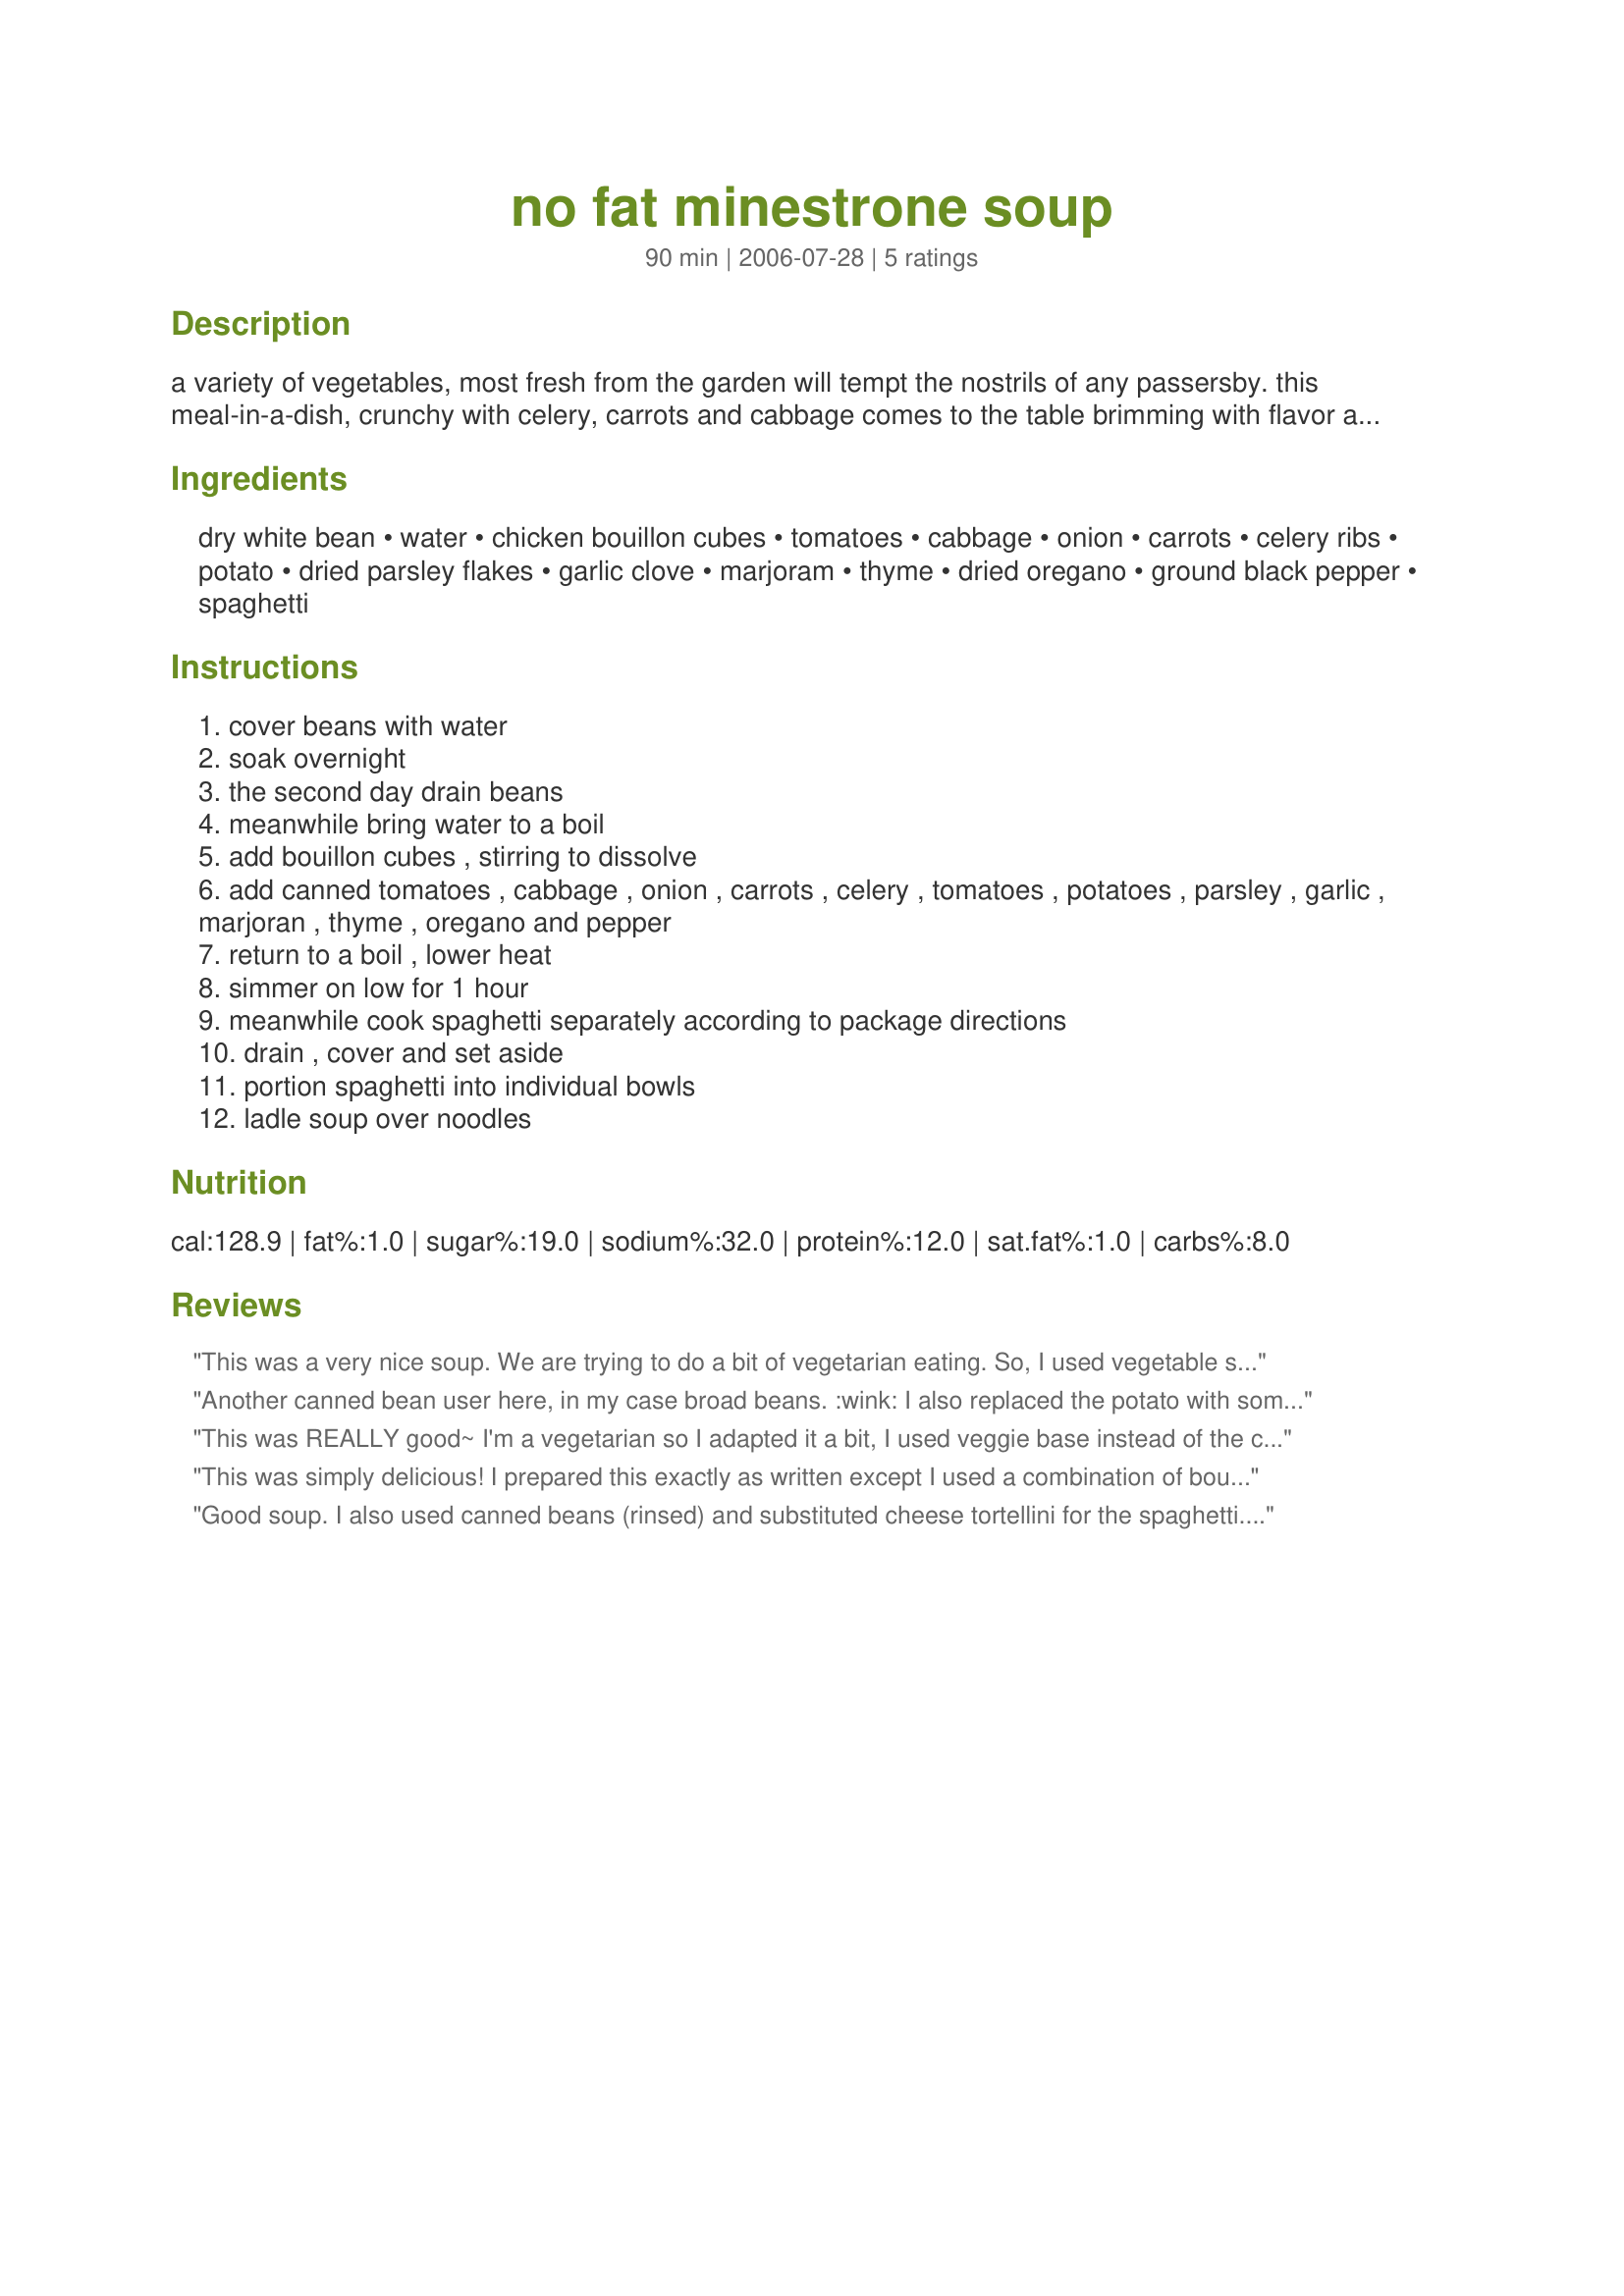
no fat minestrone soup
Preparation time: 90 minutes

a variety of vegetables, most fresh from the garden will tempt the nostrils of any passersby. this meal-in-a-dish, crunchy with celery, carrots and cabbage comes to the table brimming with flavor and is served over spaghetti. soaking time for beans not included (i use canned beans and never drain them).

Ingredients:
dry white bean, water, chicken bouillon cubes, tomatoes, cabbage, onion, carrots, celery ribs, potato, dried parsley flakes, garlic clove, marjoram, thyme, dried oregano, ground black pepper, spaghetti

Steps:
cover beans with water
soak overnight
the second day drain beans
meanwhile bring water to a boil
add bouillon cubes , stirring to dissolve
add canned tomatoes , cabbage , onion , carrots , celery , tomatoes , potatoes , parsley , garlic , marjoran , thyme , oregano and pepper
return to a boil , lower heat
simmer on low for 1 hour
meanwhile cook spaghetti separately according to package directions
drain , cover and set aside
portion spaghetti into individual bowls
ladle soup over noodles

Reviews:
This was a very nice soup. We are trying to do a bit of vegetarian eating. So, I used vegetable stock. I also used some curly kale instead of cabbage because I had s bunch that needed to be used up. Other than that I kept it to the recipe. My husband had two big bowls to that had to be a thumbs up. Made for Market Tag.
Another canned bean user here, in my case broad beans. :wink: I also replaced the potato with some sliced zucchini to keep this consistent with the WW Core program. Added both the zucchini and whole wheat spaghetti to the pot in the last 10 minutes of cooking. Less fuss and one less pot to clean. The flavor was really very good and more complex than the simple list of ingredients would suggest. Used fresh parsley which added much more flavor than dried might. Delicious and easy.
This was REALLY good~ I'm a vegetarian so I adapted it a bit, I used veggie base instead of the chicken & used canned red beans (I didn't have white) and used curly pasta which I just dumped into the pot after cooking. 

It was fab & thanks so much for posting it! Even non veggie husband ate it up :)
This was simply delicious! I prepared this exactly as written except I used a combination of bouillon cubes and a product called "Better Than Bouillon," fresh parsley and a more generous helping of ground pepper. Also, instead of spaghetti I used some small shells, which I just threw in at the end to cook for the time recommended on the box. I used canned beans too but did drain and rinse. I liked this because it's low fat and I had to agree with my BF that this is nice because it's much lighter than most other minestrone soups. Bellisimo et delizioso! Thanks Annacia.
Good soup. I also used canned beans (rinsed) and substituted cheese tortellini for the spaghetti. Nice combination of veggies and broth. Thanks Annacia.
